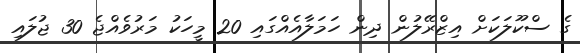
ގެ ސްކޫލަކަށް އިޒްރޭލުން ދިން ހަމަލާއެއްގައި 20 މީހަކު މަރުވެއްޖެ 30 ޖުލައި